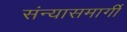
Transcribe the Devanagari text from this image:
संन्यासमार्गी